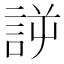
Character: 𰴲